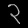
Digit: ၃